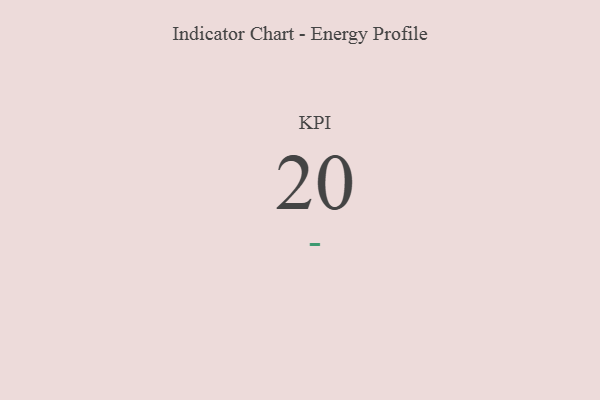
{"axis": {"x": "KPI", "y": "Value"}, "legend": [""], "data": [{"x": "KPI", "y": 20, "type": ""}]}